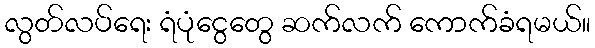
လွတ်လပ်ရေး ရံပုံငွေတွေ ဆက်လက် ကောက်ခံရမယ်။